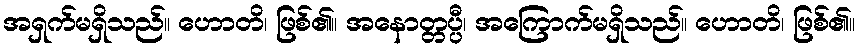
အရှက်မရှိသည်။ ဟောတိ၊ ဖြစ်၏။ အနောတ္တပ္ပီ၊ အကြောက်မရှိသည်။ ဟောတိ၊ ဖြစ်၏။